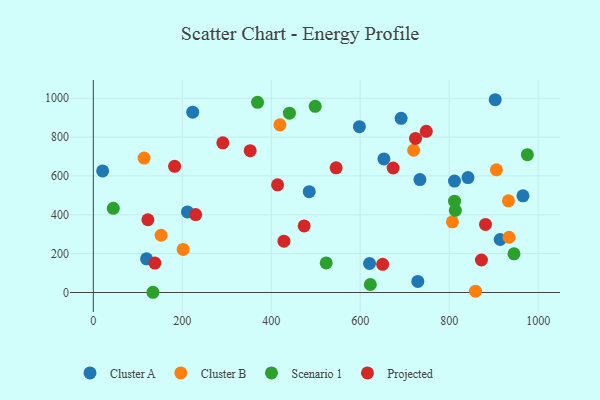
{"axis": {"x": "Investment", "y": "Exam Score"}, "legend": ["Cluster A", "Cluster B", "Projected", "Scenario 1"], "data": [{"x": "211.5", "y": 414.7, "type": "Cluster A"}, {"x": "598.1", "y": 853.7, "type": "Cluster A"}, {"x": "734.1", "y": 581.2, "type": "Cluster A"}, {"x": "223.4", "y": 928.0, "type": "Cluster A"}, {"x": "811.9", "y": 573.4, "type": "Cluster A"}, {"x": "965.8", "y": 497.4, "type": "Cluster A"}, {"x": "691.9", "y": 896.5, "type": "Cluster A"}, {"x": "914.5", "y": 272.7, "type": "Cluster A"}, {"x": "729.4", "y": 57.1, "type": "Cluster A"}, {"x": "119.6", "y": 173.4, "type": "Cluster A"}, {"x": "842.2", "y": 591.6, "type": "Cluster A"}, {"x": "20.9", "y": 625.7, "type": "Cluster A"}, {"x": "485.3", "y": 518.8, "type": "Cluster A"}, {"x": "620.9", "y": 149.3, "type": "Cluster A"}, {"x": "653.2", "y": 687.8, "type": "Cluster A"}, {"x": "903.4", "y": 992.3, "type": "Cluster A"}, {"x": "720.1", "y": 732.3, "type": "Cluster B"}, {"x": "152.3", "y": 294.7, "type": "Cluster B"}, {"x": "202.0", "y": 221.9, "type": "Cluster B"}, {"x": "934.4", "y": 284.4, "type": "Cluster B"}, {"x": "807.2", "y": 364.0, "type": "Cluster B"}, {"x": "859.1", "y": 6.9, "type": "Cluster B"}, {"x": "906.1", "y": 631.7, "type": "Cluster B"}, {"x": "419.5", "y": 863.2, "type": "Cluster B"}, {"x": "933.1", "y": 471.7, "type": "Cluster B"}, {"x": "114.1", "y": 691.9, "type": "Cluster B"}, {"x": "44.9", "y": 433.0, "type": "Scenario 1"}, {"x": "369.1", "y": 978.7, "type": "Scenario 1"}, {"x": "440.8", "y": 923.1, "type": "Scenario 1"}, {"x": "975.7", "y": 709.3, "type": "Scenario 1"}, {"x": "622.7", "y": 41.2, "type": "Scenario 1"}, {"x": "945.6", "y": 199.0, "type": "Scenario 1"}, {"x": "812.0", "y": 470.3, "type": "Scenario 1"}, {"x": "523.5", "y": 152.2, "type": "Scenario 1"}, {"x": "498.8", "y": 958.4, "type": "Scenario 1"}, {"x": "813.8", "y": 422.9, "type": "Scenario 1"}, {"x": "134.0", "y": 1.1, "type": "Scenario 1"}, {"x": "724.3", "y": 793.0, "type": "Projected"}, {"x": "872.4", "y": 167.3, "type": "Projected"}, {"x": "414.2", "y": 554.4, "type": "Projected"}, {"x": "650.4", "y": 145.2, "type": "Projected"}, {"x": "748.4", "y": 829.8, "type": "Projected"}, {"x": "352.6", "y": 730.0, "type": "Projected"}, {"x": "291.1", "y": 770.6, "type": "Projected"}, {"x": "545.8", "y": 641.7, "type": "Projected"}, {"x": "230.0", "y": 401.0, "type": "Projected"}, {"x": "138.4", "y": 151.4, "type": "Projected"}, {"x": "881.6", "y": 350.3, "type": "Projected"}, {"x": "428.5", "y": 264.4, "type": "Projected"}, {"x": "473.9", "y": 342.6, "type": "Projected"}, {"x": "674.0", "y": 640.8, "type": "Projected"}, {"x": "122.6", "y": 374.4, "type": "Projected"}, {"x": "182.7", "y": 649.4, "type": "Projected"}]}